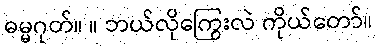
ဓမ္မဂုတ်။ ။ ဘယ်လိုကြွေးလဲ ကိုယ်တော်။